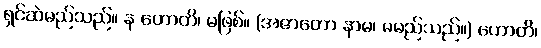
ရှင်ဆဲမည်သည်။ န ဟောတိ၊ မဖြစ်။ (အဇာတော နာမ၊ မမည်သည်။) ဟောတိ၊